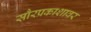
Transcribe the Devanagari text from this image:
सौरप्रकाशावर